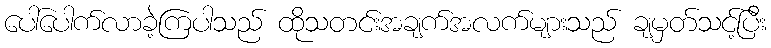
ပေါ်ပေါက်လာခဲ့ကြပါသည် ထိုသတင်းအချက်အလက်များသည် ချမှတ်သင့်ပြီး